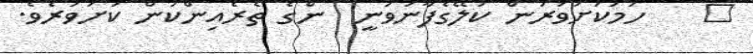
٣    ހަމަކަށަވަރުން ކަލޭގެފާނުވަނީ  ންގެ ތެރެއިންކަން ކަށަވަރެވެ.